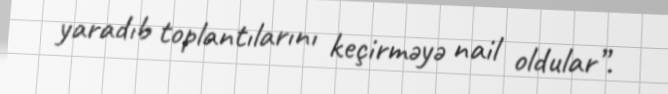
yaradıb toplantılarını keçirməyə nail oldular”.